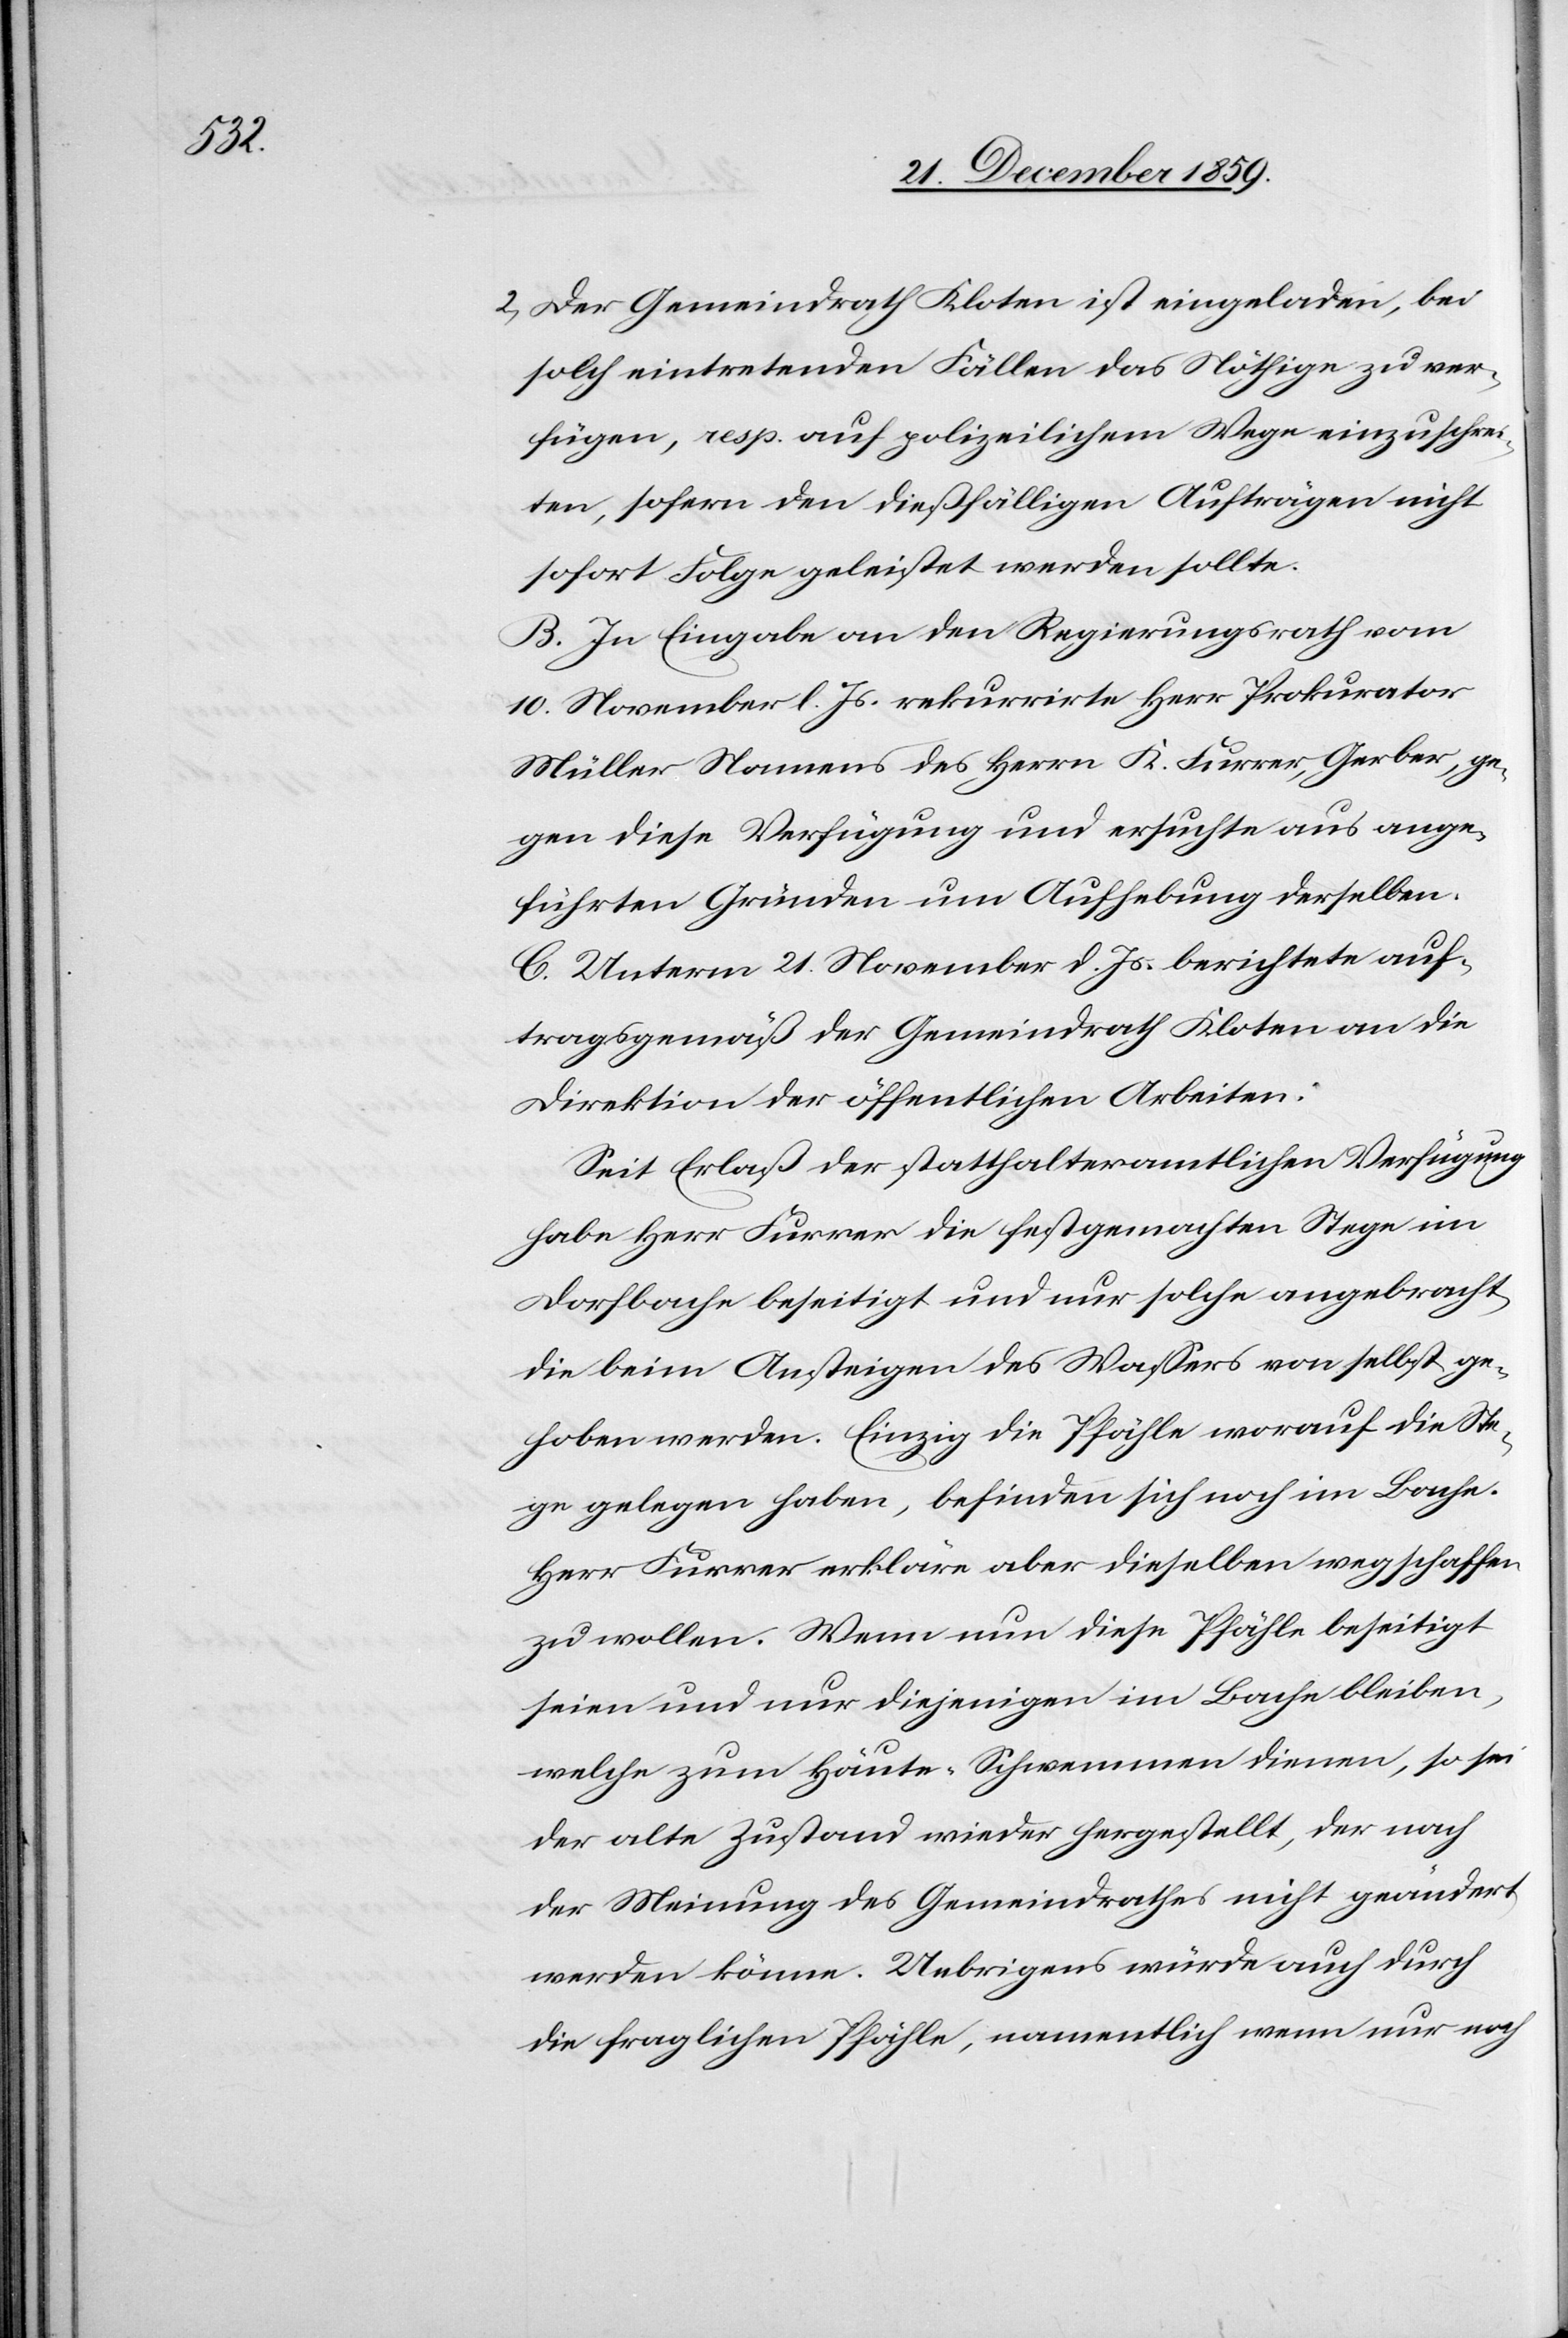
2) Der Gemeindrath Kloten ist eingeladen, bei
solch eintretenden Fällen das Nöthige zu ver¬
fügen, resp. auf polizeilichem Wege einzuschrei¬
ten, sofern den dießfälligen Aufträgen nicht
sofort Folge geleistet werden sollte.
B. In Eingabe an den Regierungsrath vom
10. November l. Js. rekurrirte Herr Prokurator
Müller Namens des Herrn K. Furrer, Gerber, ge¬
gen diese Verfügung und ersuchte aus ange¬
führten Gründen um Aufhebung derselben.
C. Unterm 21. November d. Js. berichtete auf¬
tragsgemäß der Gemeindrath Kloten an die
Direktion der öffentlichen Arbeiten:
Seit Erlaß der statthalteramtlichen Verfügung
habe Herr Furrer die festgemachten Stege im
Dorfbache beseitigt und nur solche angebracht,
die beim Ansteigen des Wassers von selbst ge¬
hoben werden. Einzig die Pfähle worauf die Ste¬
ge gelegen haben, befinden sich noch im Bache.
Herr Furrer erkläre aber dieselben wegschaffen
zu wollen. Wenn nun diese Pfähle beseitigt
seien und nur diejenigen im Bache bleiben,
welche zum Häute-Schwemmen dienen, so sei
der alte Zustand wieder hergestellt, der nach
der Meinung des Gemeindrathes nicht geändert
werden könne. Uebrigens würde auch durch
die fraglichen Pfähle, namentlich wenn nur noch